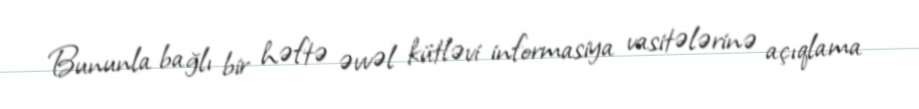
Bununla bağlı bir həftə əvvəl kütləvi informasiya vasitələrinə açıqlama